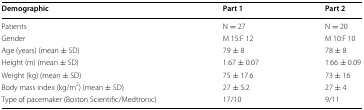
| Demographic | Part 1 | Part 2 |
 | --- | --- | --- |
 | Patients | N = 27 | N = 20 |
 | Gender | M 15:F 12 | M 10:F 10 |
 | Age (years) (mean ± SD) | 79 ± 8 | 78 ± 8 |
 | Height (m) (mean ± SD) | 1.67 ± 0.07 | 1.66 ± 0.09 |
 | Weight (kg) (mean ± SD) | 75 ± 17.6 | 73 ± 16 |
 | Body mass index (kg/m2) (mean ± SD) | 27 ± 5.2 | 27 ± 4 |
 | Type of pacemaker (Boston Scientific/Medtronic) | 17/10 | 9/11 |